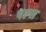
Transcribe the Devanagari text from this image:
पल्‍स